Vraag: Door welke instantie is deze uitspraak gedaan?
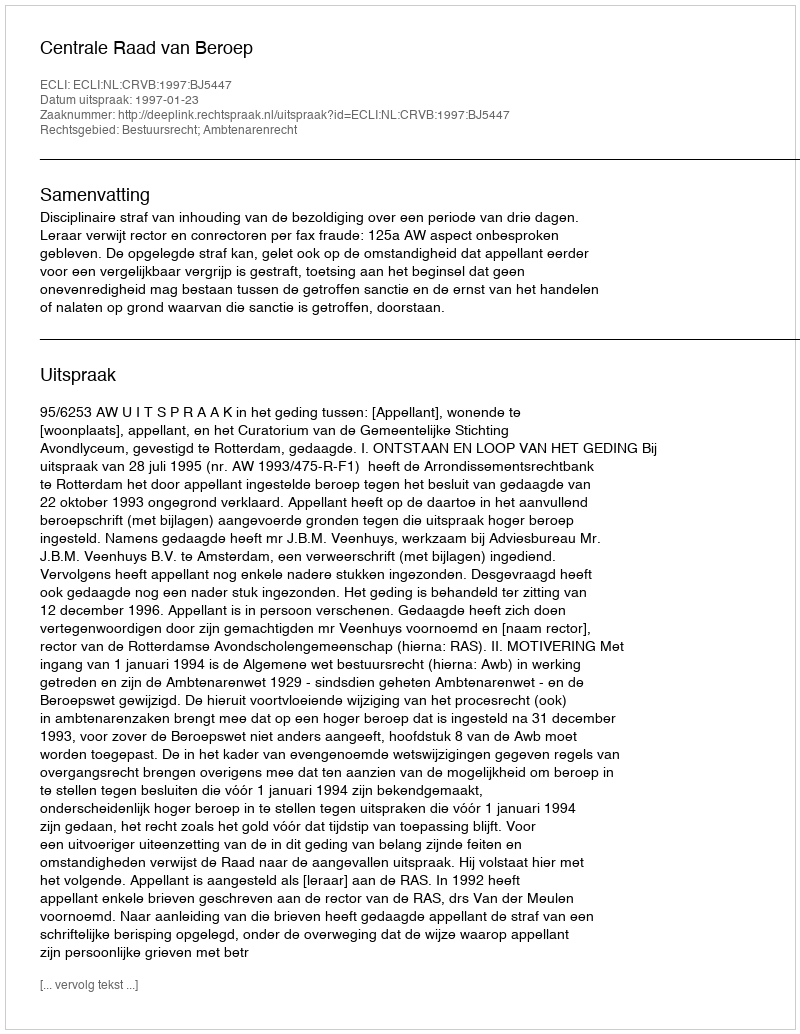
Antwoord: Centrale Raad van Beroep